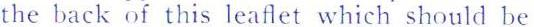
the back of this leaflet which should be